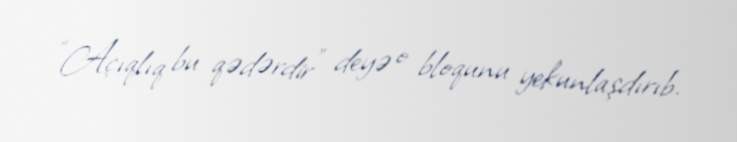
“Açıqlıq bu qədərdir” deyə o bloqunu yekunlaşdırıb.